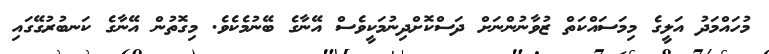
މުހައްމަދު އަލީގެ މިމަސައްކަތް ޒުވާނުންނަށް ދަސްކޮށްދިނުމަކީވެސް އޭނާގެ ބޭނުމެކެވެ. މިގޮތުން އޭނާގެ ކަނބުރުގޭގައި